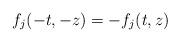
LaTeX: \begin{align*}f_j(-t,-z)=-f_j(t,z)\end{align*}